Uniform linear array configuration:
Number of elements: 64
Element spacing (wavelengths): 0.25
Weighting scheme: exponential
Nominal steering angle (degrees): -30
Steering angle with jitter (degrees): -29.578
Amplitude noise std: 0.05
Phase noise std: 0.05

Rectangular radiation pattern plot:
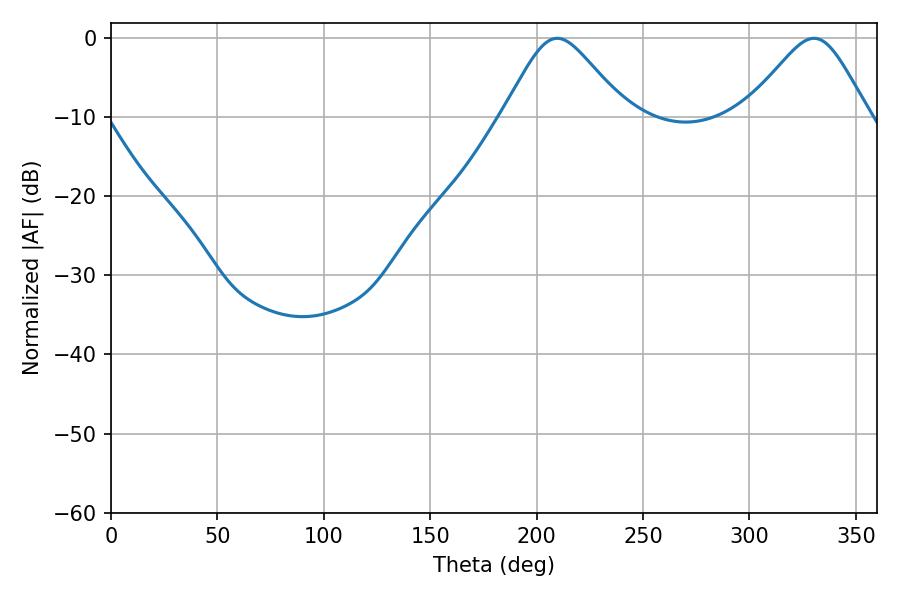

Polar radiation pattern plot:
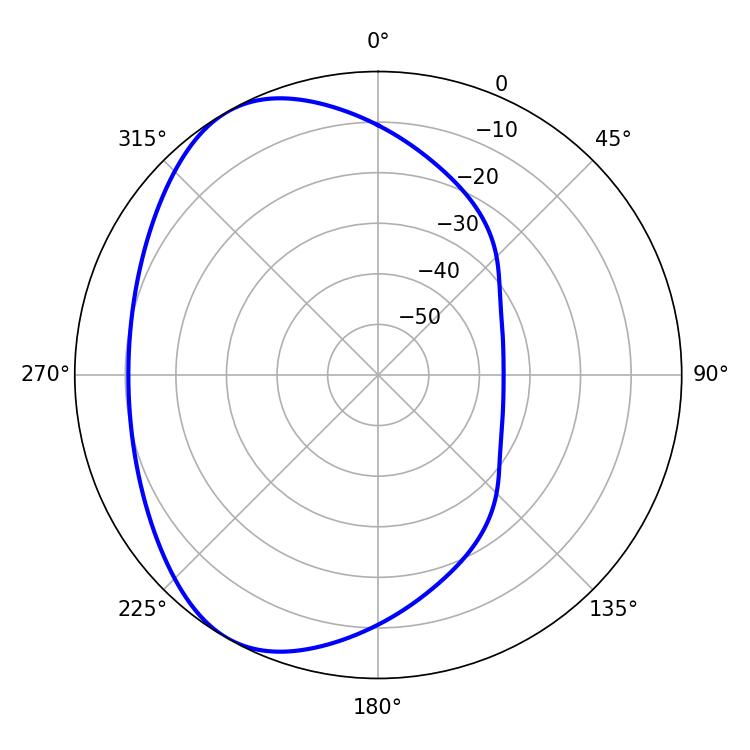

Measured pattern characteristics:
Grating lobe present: FALSE
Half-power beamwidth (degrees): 27.72
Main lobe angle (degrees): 209.7